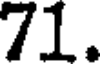
71.